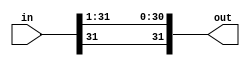
module right_shift_1bit (in, out);
input [31:0]in;
output [31:0]out;

assign out[0]=in[1];
assign out[1]=in[2];
assign out[2]=in[3];
assign out[3]=in[4];
assign out[4]=in[5];
assign out[5]=in[6];
assign out[6]=in[7];
assign out[7]=in[8];
assign out[8]=in[9];
assign out[9]=in[10];
assign out[10]=in[11];
assign out[11]=in[12];
assign out[12]=in[13];
assign out[13]=in[14];
assign out[14]=in[15];
assign out[15]=in[16];
assign out[16]=in[17];
assign out[17]=in[18];
assign out[18]=in[19];
assign out[19]=in[20];
assign out[20]=in[21];
assign out[21]=in[22];
assign out[22]=in[23];
assign out[23]=in[24];
assign out[24]=in[25];
assign out[25]=in[26];
assign out[26]=in[27];
assign out[27]=in[28];
assign out[28]=in[29];
assign out[29]=in[30];
assign out[30]=in[31];
assign out[31]=in[31];

endmodule